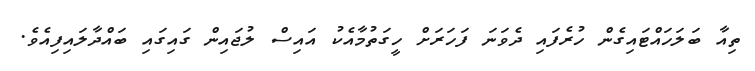
ތިއާ ބަލަހައްޓައިގެން ހުރެފައި ދެވަނަ ފަހަރަށް ހީގަތުމާއެކު އައިސް ލުޖައިން ގައިގައި ބައްދާލައިފިއެވެ.